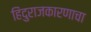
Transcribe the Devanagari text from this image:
हिंदुराजकारणाचा